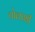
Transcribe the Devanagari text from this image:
चोलाशी